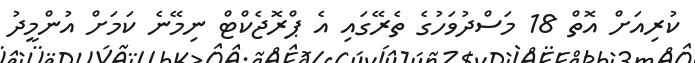
ކުރިއަށް އޮތް 18 މަސްދުވަހުގެ ތެރޭގައި އެ ޕްރޮޖެކްޓް ނިމޭނެ ކަމަށް އުންމީދު